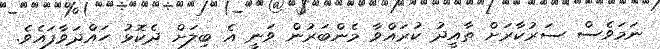
ނަމަވެސް ސަރުކާރަށް ތާއީދު ކުރައްވާ މެންބަރުން ވަނީ އެ ބިލަށް ދެކޮޅު ހައްދަވާފައެވެ.